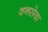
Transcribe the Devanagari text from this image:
वनसेवा